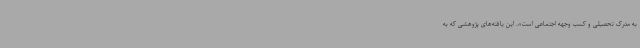
به مدرک تحصیلی و کسب وجهه اجتماعی است». این یافته‌های پژوهشی که به